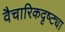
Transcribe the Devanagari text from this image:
वैचारिकदृष्‍ट्या